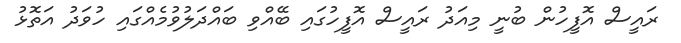
ރައީސް އޮފީހުން ބުނީ މިއަދު ރައީސް އޮފީހުގައި ބޭއްވި ބައްދަލުވުމެއްގައި ހުވަދު އަތޮޅު